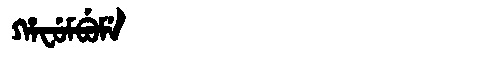
Manchu: ᡥᠠᠸᡠᠮᠪᡠᠮᡝ
Romanization: HAFUMBUME